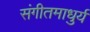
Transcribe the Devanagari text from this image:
संगीतमाधुर्य